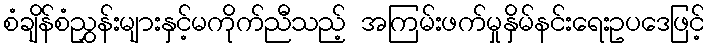
စံချိန်စံညွှန်းများနှင့်မကိုက်ညီသည့် အကြမ်းဖက်မှုနှိမ်နင်းရေးဥပဒေဖြင့်